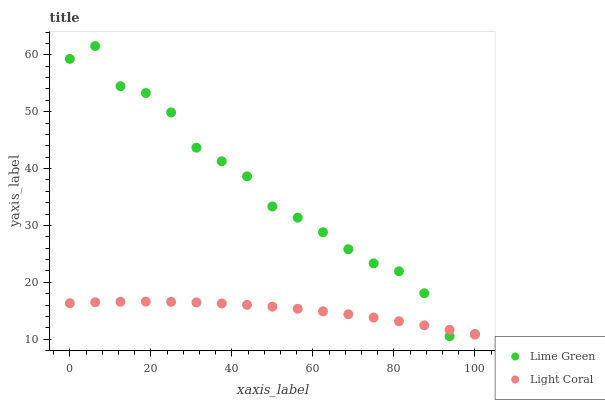
| xaxis_label | Lime Green | Light Coral |
 | --- | --- | --- |
 | 0 | 59.3 | 16.3 |
 | 6.25 | 61.5 | 16.5 |
 | 12.5 | 54.5 | 16.6 |
 | 18.8 | 53.3 | 16.6 |
 | 25 | 49.9 | 16.6 |
 | 31.2 | 43.7 | 16.4 |
 | 37.5 | 41.3 | 16.3 |
 | 43.8 | 38.6 | 16 |
 | 50 | 33.3 | 15.7 |
 | 56.2 | 31.4 | 15.3 |
 | 62.5 | 28.8 | 14.9 |
 | 68.8 | 25.8 | 14.4 |
 | 75 | 23.3 | 13.8 |
 | 81.2 | 21.9 | 13.1 |
 | 87.5 | 18.1 | 12.4 |
 | 93.8 | 10.5 | 11.6 |
 | 100 | 10.9 | 10.8 |